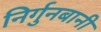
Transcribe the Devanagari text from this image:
निर्गुनबानी